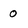
Character: 0